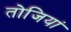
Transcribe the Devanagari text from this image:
तोजियां